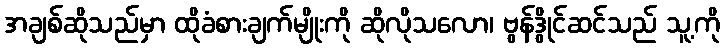
အချစ်ဆိုသည်မှာ ထိုခံစားချက်မျိုးကို ဆိုလိုသလော၊ ဗွန်ဒွိုင်ဆင်သည် သူ့ကို